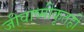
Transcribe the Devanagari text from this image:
जीवाष्मीकृतही